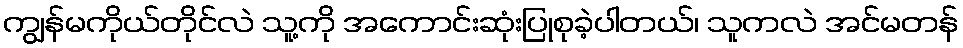
ကျွန်မကိုယ်တိုင်လဲ သူ့ကို အကောင်းဆုံးပြုစုခဲ့ပါတယ်၊ သူကလဲ အင်မတန်